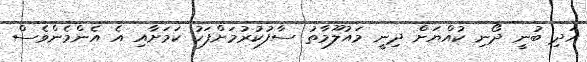
އަދި ބުނީ ދޯނި ކުއްޔަށް ދިނީ މައުލޫމާތު ސާފުކުރުމަށްފަހު ކަމަށާއި އެ އެންމެންވެސް